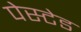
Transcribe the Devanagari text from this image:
पेस्टेड